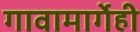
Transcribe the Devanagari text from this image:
गावामार्गेही